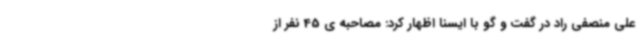
علی منصفی راد در گفت و گو با ایسنا اظهار کرد: مصاحبه ی 45 نفر از